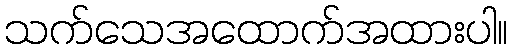
သက်သေအထောက်အထားပါ။